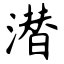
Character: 潜